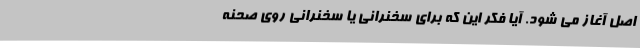
اصل آغاز می شود. آیا فکر این که برای سخنرانی یا سخنرانی روی صحنه